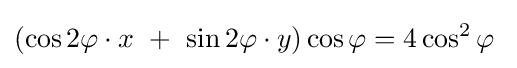
(\cos 2\varphi \cdot x\ +\ \sin 2\varphi \cdot y)\cos \varphi =4\cos ^{2}\varphi \